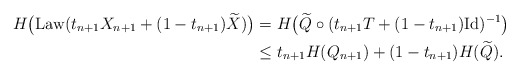
\begin{align*}H\big(\mathrm{Law}(t_{n+1}X_{n+1} + (1-t_{n+1})\widetilde{X})\big) &= H\big(\widetilde{Q} \circ (t_{n+1}T + (1-t_{n+1})\mathrm{Id})^{-1}\big) \\&\le t_{n+1}H(Q_{n+1}) + (1-t_{n+1})H(\widetilde{Q}).\end{align*}